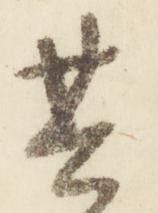
其